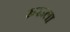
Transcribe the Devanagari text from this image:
रुरूला